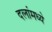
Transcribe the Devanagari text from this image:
दलांमध्ये